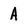
Character: A